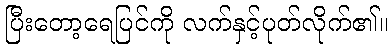
ပြီးတော့ရေပြင်ကို လက်နှင့်ပုတ်လိုက်၏။